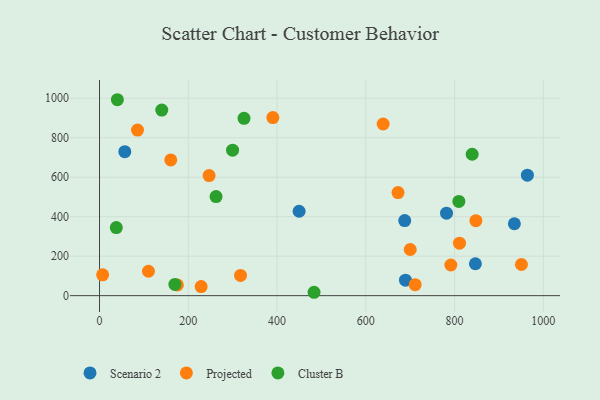
{"axis": {"x": "Ad Spend", "y": "Yield"}, "legend": ["Cluster B", "Projected", "Scenario 2"], "data": [{"x": "689.4", "y": 78.2, "type": "Scenario 2"}, {"x": "687.7", "y": 380.1, "type": "Scenario 2"}, {"x": "781.9", "y": 417.7, "type": "Scenario 2"}, {"x": "449.7", "y": 427.6, "type": "Scenario 2"}, {"x": "57.0", "y": 729.4, "type": "Scenario 2"}, {"x": "847.0", "y": 161.7, "type": "Scenario 2"}, {"x": "964.1", "y": 610.3, "type": "Scenario 2"}, {"x": "934.8", "y": 364.3, "type": "Scenario 2"}, {"x": "811.1", "y": 265.9, "type": "Projected"}, {"x": "639.1", "y": 869.6, "type": "Projected"}, {"x": "711.2", "y": 55.7, "type": "Projected"}, {"x": "317.7", "y": 102.5, "type": "Projected"}, {"x": "848.1", "y": 379.7, "type": "Projected"}, {"x": "229.0", "y": 45.9, "type": "Projected"}, {"x": "950.7", "y": 157.8, "type": "Projected"}, {"x": "791.6", "y": 155.3, "type": "Projected"}, {"x": "85.6", "y": 839.0, "type": "Projected"}, {"x": "175.4", "y": 54.4, "type": "Projected"}, {"x": "7.0", "y": 105.5, "type": "Projected"}, {"x": "110.3", "y": 123.5, "type": "Projected"}, {"x": "390.6", "y": 902.0, "type": "Projected"}, {"x": "700.1", "y": 233.8, "type": "Projected"}, {"x": "246.9", "y": 608.4, "type": "Projected"}, {"x": "160.5", "y": 687.8, "type": "Projected"}, {"x": "672.6", "y": 522.4, "type": "Projected"}, {"x": "37.8", "y": 344.7, "type": "Cluster B"}, {"x": "809.7", "y": 477.5, "type": "Cluster B"}, {"x": "299.8", "y": 737.1, "type": "Cluster B"}, {"x": "40.2", "y": 992.6, "type": "Cluster B"}, {"x": "483.4", "y": 17.1, "type": "Cluster B"}, {"x": "839.7", "y": 716.4, "type": "Cluster B"}, {"x": "262.6", "y": 502.0, "type": "Cluster B"}, {"x": "140.3", "y": 940.2, "type": "Cluster B"}, {"x": "169.8", "y": 56.8, "type": "Cluster B"}, {"x": "325.6", "y": 898.6, "type": "Cluster B"}]}